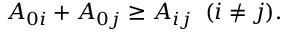
A _ { 0 i } + A _ { 0 j } \geq A _ { i j } \; \; ( i \neq j ) .